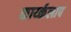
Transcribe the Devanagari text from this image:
कार्य्कलाप